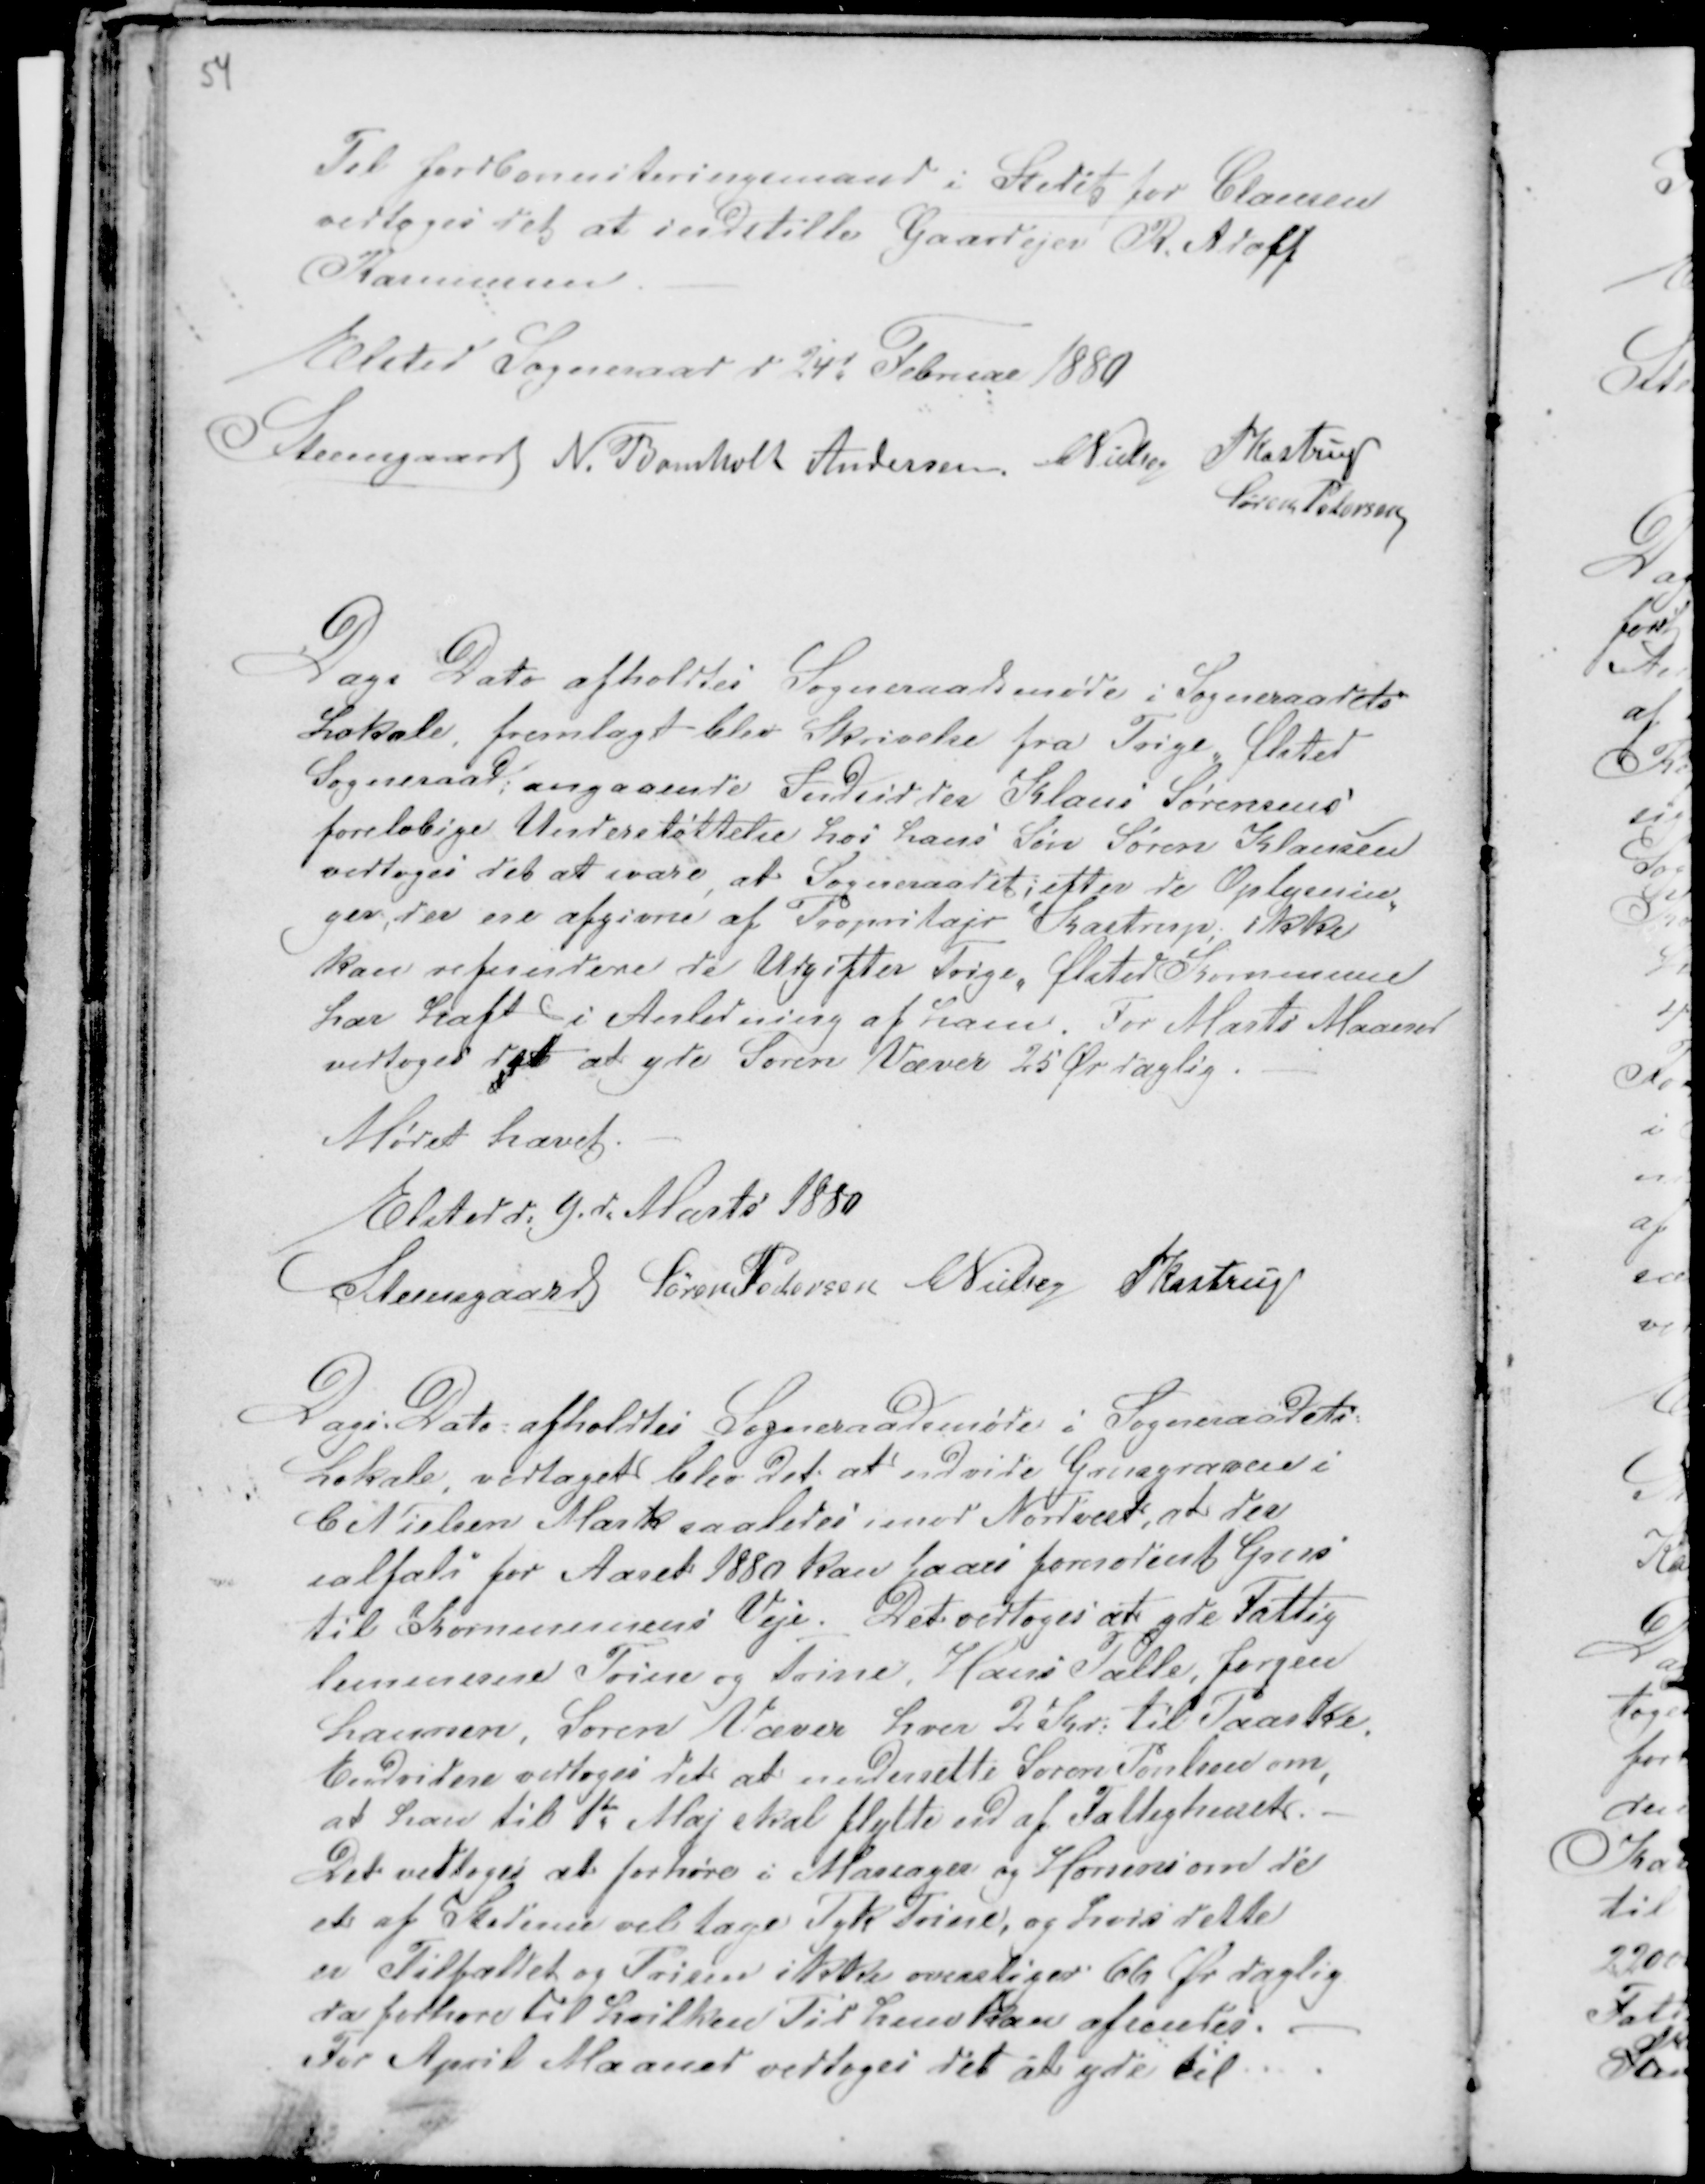
Transskription:
54

Til Jordbonniteringsmand i Stedet for Clausen
vedtoges det at indstille Gaardejer R. Adoff
Rasmussen. -
Elsted Sogneraad d 24d Februar 1880
Steensgaard N. Bomholt Andersen CNielsen PKastrup
Søren Pedersen

Dags Dato afholdtes Sogneraadsmøde i Sogneraadets
Lokale, fremlagt blev Skrivelse fra Trige - Ølsted
Sogneraad; angaaende Indsidder Klaus Sørensens
foreløbige Understøttelse hos hans Søn Søren Klausen
vedtoges det at svare, at Sogneraadet; efter de Oplysnin-
ger, der ere afgivne af Propritajr Kastrup ikke
kan refundere de Udgifter Trige - Ølsted Kommune
har haft i Anledning af ham. For Marts Maaned
vedtoges det at yde Søren Væver 25 Ør daglig. -
Mødet hævet. -
Elsted d: 9. d. Marts 1880
Steensgaard Søren Pedersen CNielsen PKastrup

Dags Dato afholdtes Sogneraadsmøde i Sogneraadets
Lokale, vedtaget blev det at udvide Grusgraven i
C Nielsen Mark saaledes imod Nordvest, at der
ialfals for Aaret 1880 kan faaes fornødent Grus
til Kommunens Veje. Det vedtoges at yde Fattig
lemmerne Trine og Trine Hans Palle, Jørgen
Laursen, Søren Væver hver 2 Kr: til Paaske.
Endvidere vedtoges det at Underrette Søren Poulsen om,
at han til 1te Maj skal flytte ud af Fattighuset. -
Det vedtoges at forhøre i Mariager og Horsens om de
e.. af Staderne vil tage Tyk Trine, og hvis dette
er Tilfældet og Prisen ikke overstiger 66 Ør daglig
da forhøre til hvilken Tid hun kan afsendes. -
For April Maaned vedtoges det at yde til